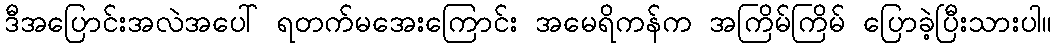
ဒီအပြောင်းအလဲအပေါ် ရတက်မအေးကြောင်း အမေရိကန်က အကြိမ်ကြိမ် ပြောခဲ့ပြီးသားပါ။